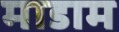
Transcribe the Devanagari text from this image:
माडाम